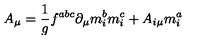
A _ { \mu } = \frac 1 g f ^ { a b c } \partial _ { \mu } m _ { i } ^ { b } m _ { i } ^ { c } + A _ { i \mu } m _ { i } ^ { a }